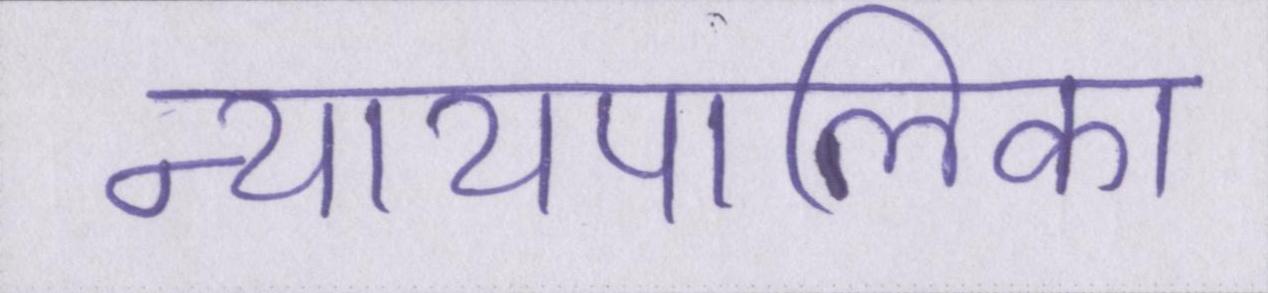
न्यायपालिका